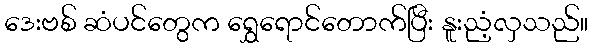
ဒေးဗစ် ဆံပင်တွေက ရွှေရောင်တောက်ပြီး နူးညံ့လှသည်။